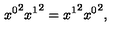
{ x ^ { 0 } } ^ { 2 } { x ^ { 1 } } ^ { 2 } = { x ^ { 1 } } ^ { 2 } { x ^ { 0 } } ^ { 2 } ,